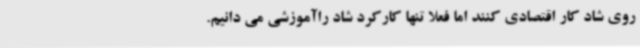
روی شاد کار اقتصادی کنند اما فعلا تنها کارکرد شاد راآموزشی می دانیم.